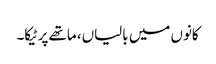
کانوں میں بالیاں، ماتھے پر ٹیکا۔